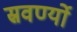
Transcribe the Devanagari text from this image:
स्रवर्ण्यो